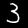
Label: 3